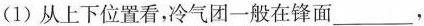
(1)从上下位置看，冷气团一般在锋面___，